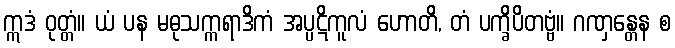
ဣဒံ ဝုတ္တံ။ ယံ ပန မဓုသက္ကရာဒိကံ အပ္ပဋိကူလံ ဟောတိ, တံ ပက္ခိပိတဗ္ဗံ။ ဂဏှန္တေန စ